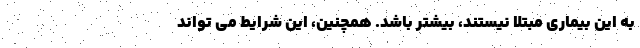
به این بیماری مبتلا نیستند، بیشتر باشد. همچنین، این شرایط می تواند